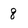
Character: 8